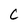
Character: C